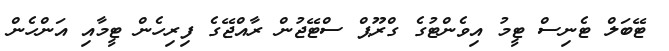
ޓޭބަލް ޓެނިސް ޓީމު އިވެންޓުގެ ގްރޫޕް ސްޓޭޖުން ރާއްޖޭގެ ފިރިހެން ޓީމާއި އަންހެން